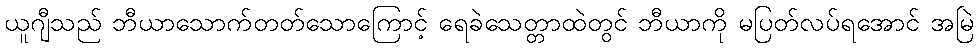
ယူဂျီသည် ဘီယာသောက်တတ်သောကြောင့် ရေခဲသေတ္တာထဲတွင် ဘီယာကို မပြတ်လပ်ရအောင် အမြဲ